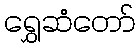
ရွှေဆံတော်